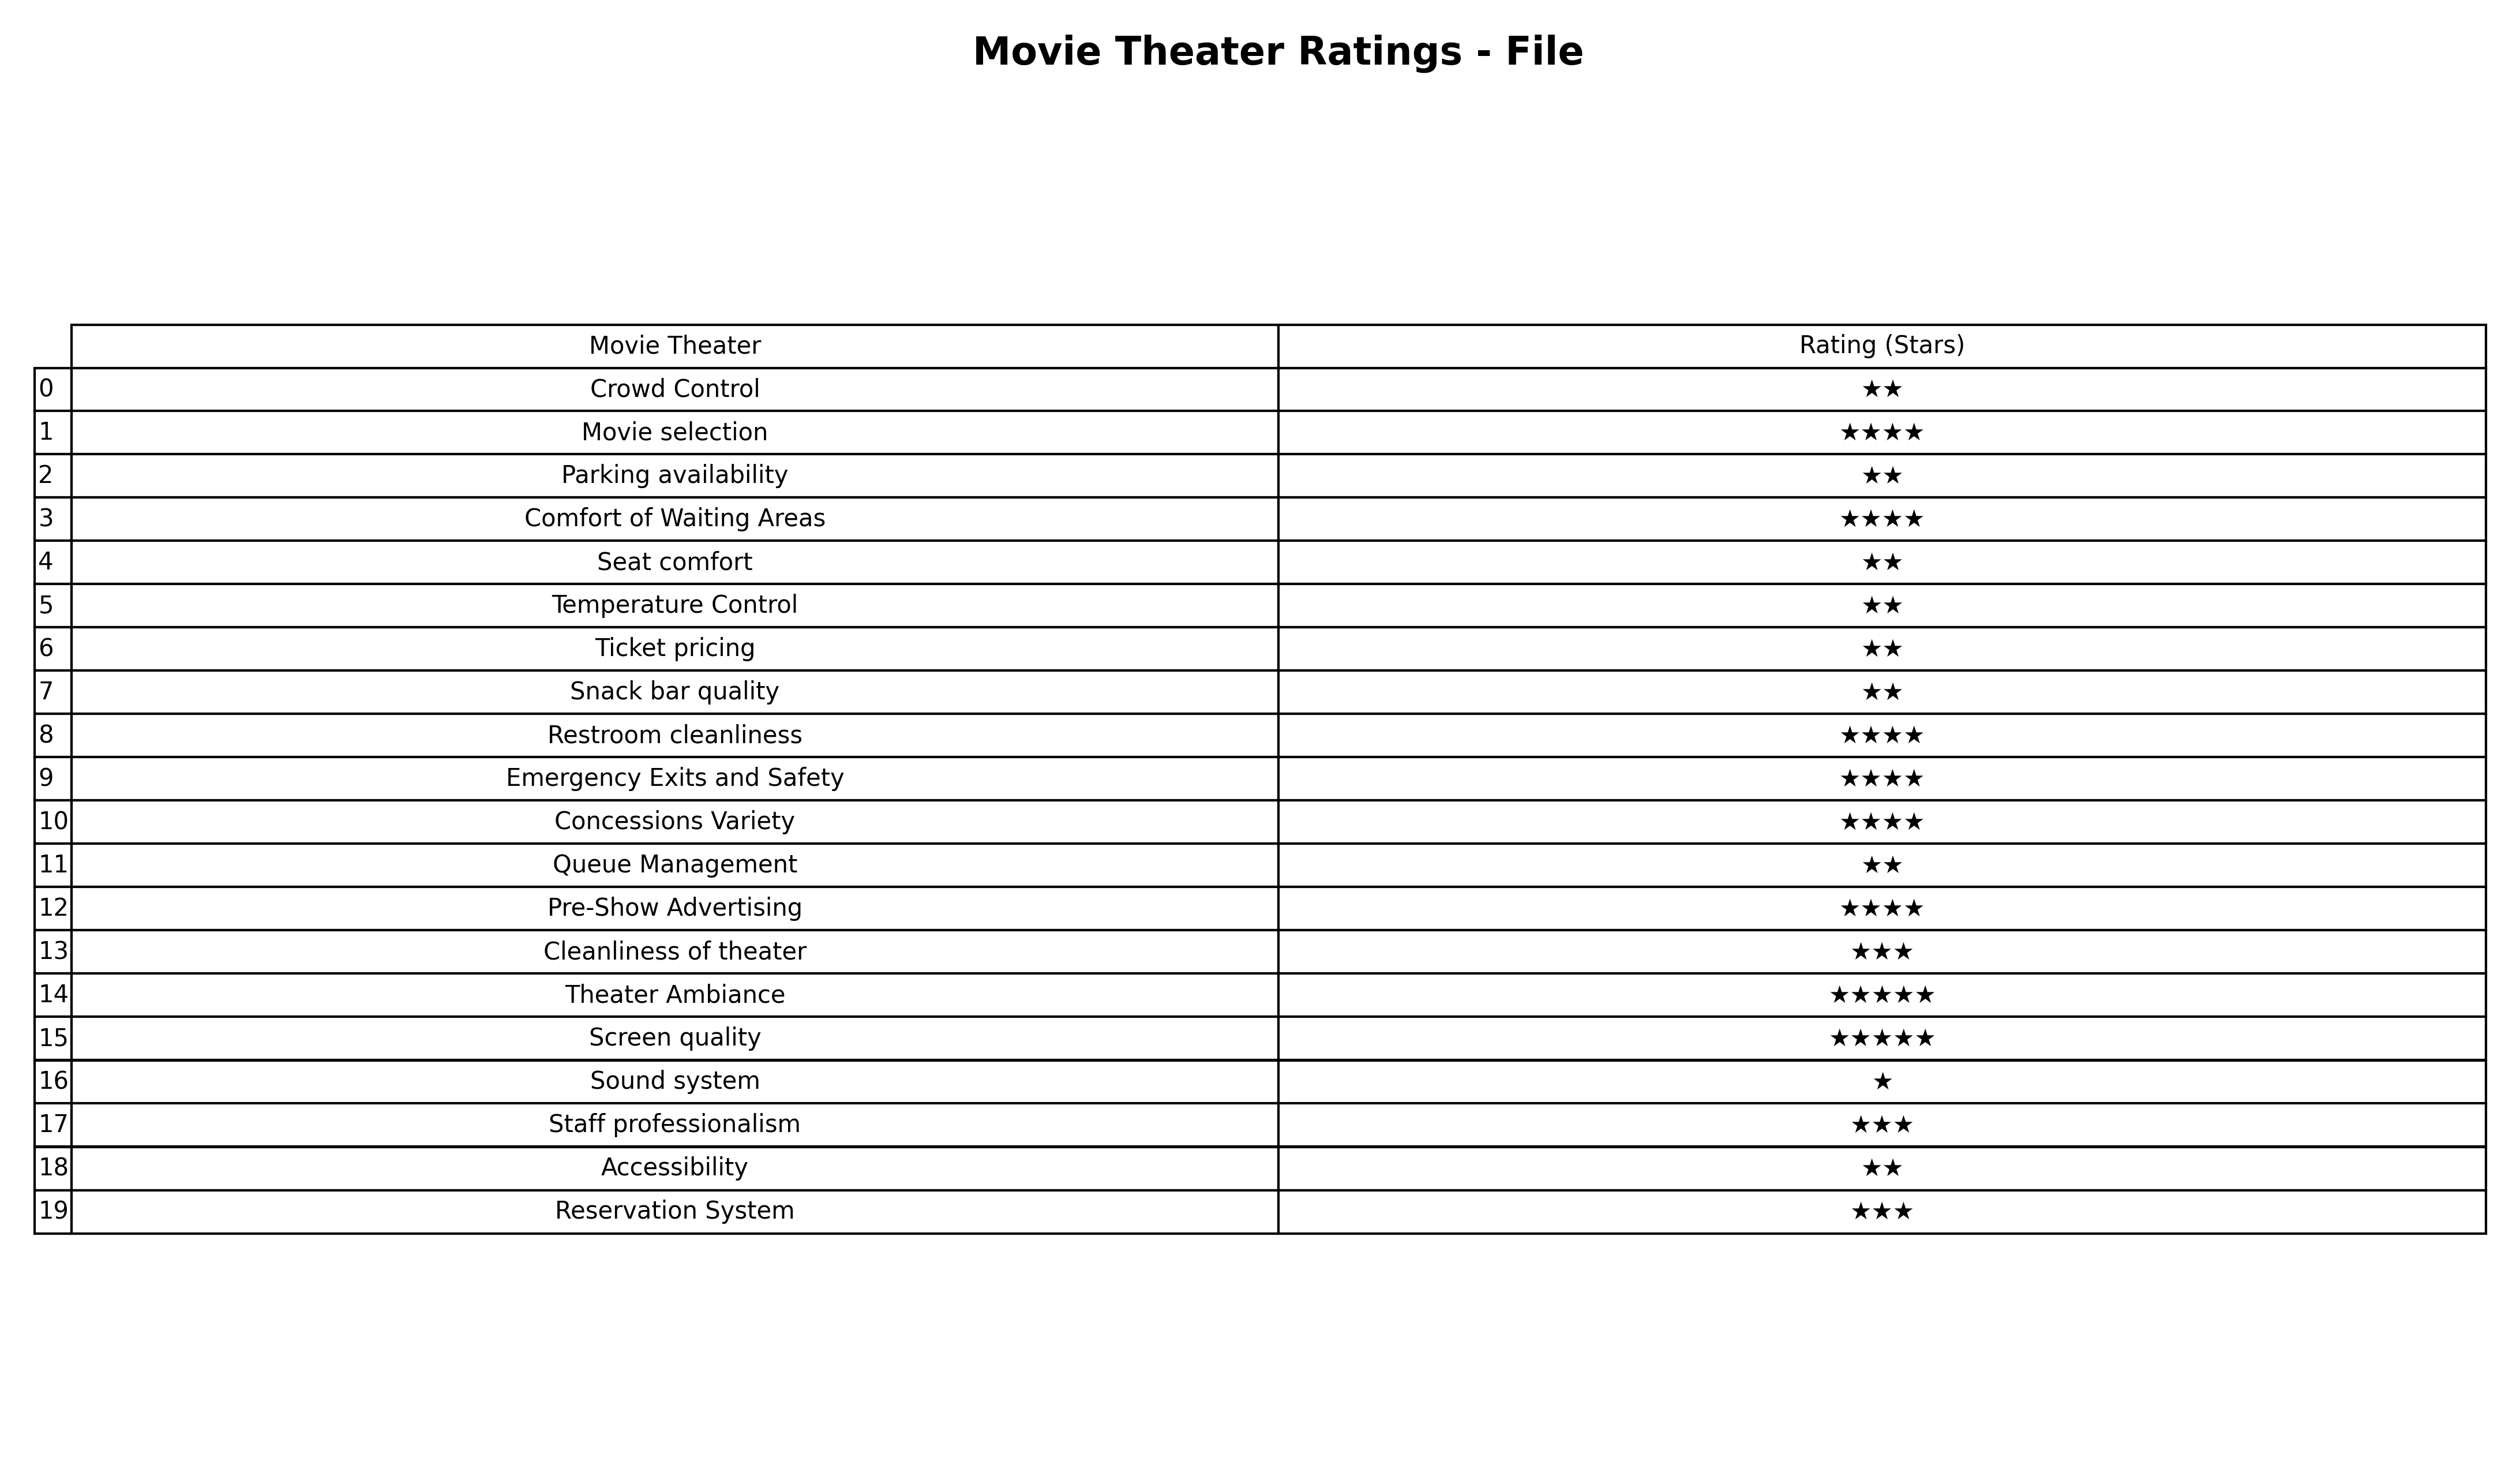
question: What is the rating of Reservation System?
answer: ★★★